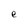
Character: e